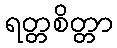
ရတ္တစိတ္တာ